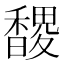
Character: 𮩬